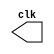
// ------------------------------------------------------------------------------------------------
// Guia 09 - Exericio 04 - gerador de pulsos sincronizado com as variaes de descida de "clock" e
// durao de 5 perodos desse "clock".
// Nome: Eduardo de Abreu Fortes
// -------------------------------------------------------------------------------------------------

//--------
//--Clock
//--------

module clock ( clk );
output clk;
reg clk;

initial
begin

clk = 1'b0;

end

always

begin
#2 clk = ~clk;
end

endmodule //--fim module clock

//--------
//--Pulso
//--------

module pulse ( signal, clock );
input clock;
output signal;
reg signal;

always @ ( clock )

begin
signal = 1'b0;
#10 signal = 1'b1;
#10 signal = 1'b0;
end

endmodule //--fim module pulse

//--------------
//--Teste Pulse
//--------------

module testpulse;
wire clock;
clock clk ( clock );
wire p1;
pulse pulse1 ( p1, clock );

initial begin
$dumpfile ( "guia09_ex04.vcd" );
$dumpvars (1, clock, p1);
#480 $finish;
end

endmodule //--fim module teste pulse